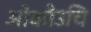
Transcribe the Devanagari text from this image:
ओकौउचि